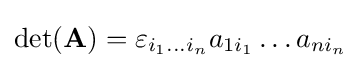
\det(\mathbf {A} )=\varepsilon _{i_{1}\dots i_{n}}a_{1i_{1}}\dots a_{ni_{n}}